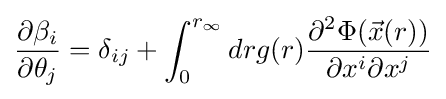
{\frac {\partial \beta _{i}}{\partial \theta _{j}}}=\delta _{ij}+\int _{0}^{r_{\infty }}drg(r){\frac {\partial ^{2}\Phi ({\vec {x}}(r))}{\partial x^{i}\partial x^{j}}}